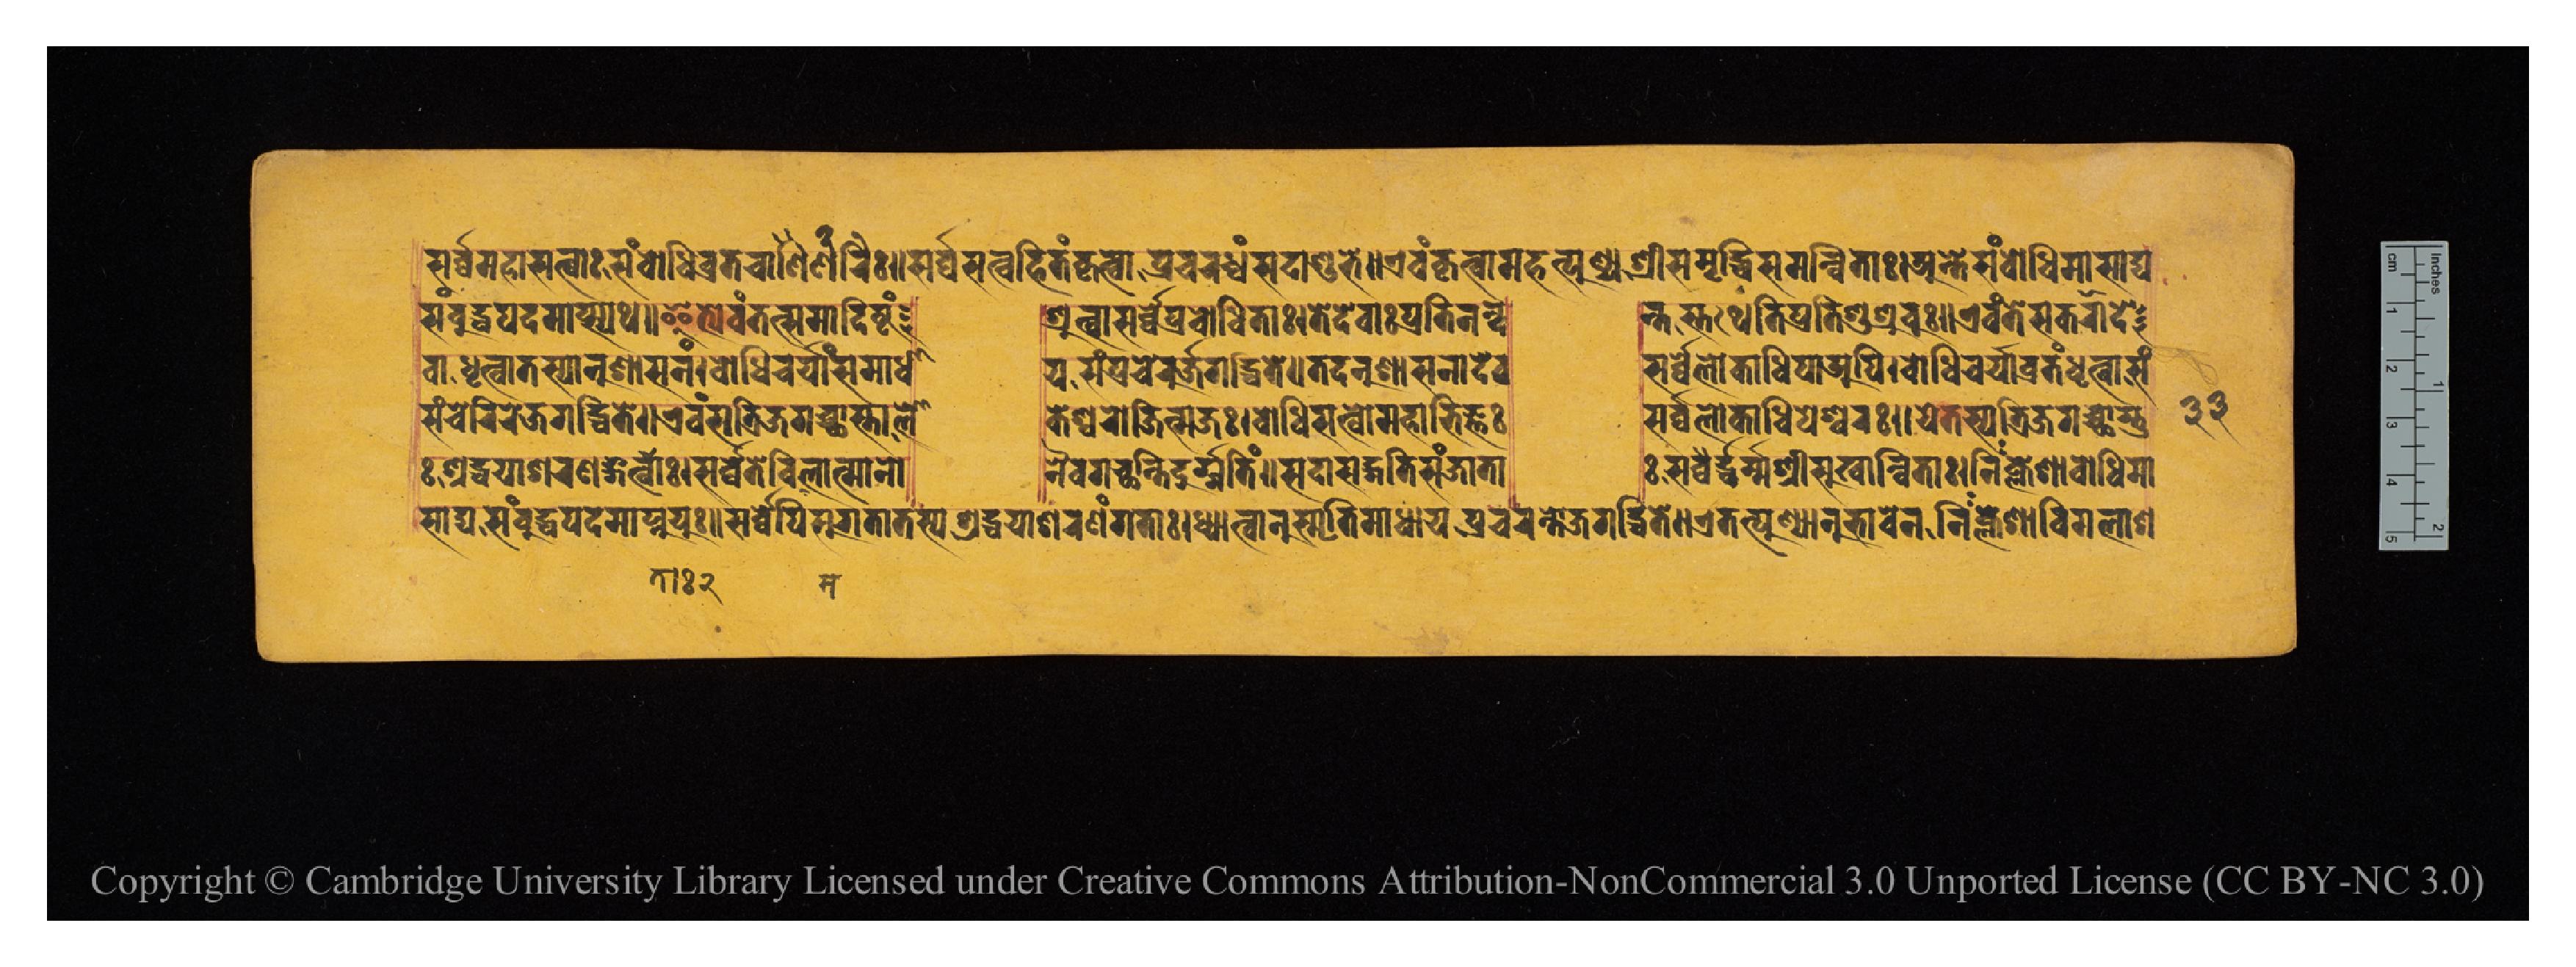
𑐳𑐬𑑂𑐰𑑂𑐰𑐾𑐩𑐴𑐵𑐳𑐟𑑂𑐰𑐵𑑅𑐳𑑄𑐧𑑀𑐢𑐶𑐰𑑂𑐬𑐟𑐔𑐵𑐬𑐶𑐞𑑅𑑌𑐳𑐬𑑂𑐰𑑂𑐰𑐳𑐟𑑂𑐰𑐴𑐶𑐟𑑄𑐎𑐺𑐟𑑂𑐰𑐵𑐥𑑂𑐬𑐔𑐬𑐢𑑂𑐰𑑄𑐳𑐡𑐵𑐱𑐸𑐨𑐾𑑌𑐊𑐰𑑄𑐎𑐺𑐟𑑂𑐰𑐵𑐩𑐴𑐟𑑂𑐥𑐸𑐞𑑂𑐫𑑄𑐱𑑂𑐬𑐷𑐳𑐩𑐺𑐡𑑂𑐢𑐶𑐳𑐩𑐣𑑂𑐰𑐶𑐟𑐵𑑅𑑋𑐀𑐣𑑂𑐟𑐾𑐳𑑄𑐧𑑀𑐢𑐶𑐩𑐵𑐳𑐵𑐡𑑂𑐫 𑐳𑑄𑐧𑐸𑐡𑑂𑐢𑐥𑐡𑐩𑐵𑐥𑑂𑐳𑑂𑐫𑐠𑑌𑐂𑐟𑑂𑐫𑐾𑐰𑑄𑐟𑐟𑑂𑐳𑐩𑐵𑐡𑐶𑐲𑑂𑐚𑑄  𑐱𑑂𑐬𑐸𑐟𑑂𑐰𑐵𑐳𑐬𑑂𑐰𑑂𑐰𑐾𑐥𑑂𑐬𑐧𑑀𑐢𑐶𑐟𑐵𑑅𑑋𑐟𑐾𑐡𑐾𑐰𑐵𑑅𑐥𑑂𑐬𑐟𑐶𑐣𑐣𑑂𑐡  𑐣𑑂𑐟𑐳𑑂𑐟𑐠𑐾𑐟𑐶𑐥𑑂𑐬𑐟𑐶𑐱𑐸𑐱𑑂𑐬𑐸𑐰𑐸𑑅𑑌𑐊𑐰𑑄𑐟𑐾𑐳𑐎𑐮𑐵𑐡𑐾 𑐰𑐵𑑅𑐢𑐺𑐟𑑂𑐰𑐵𑐟𑐳𑑂𑐫𑐵𑐣𑐸𑐱𑐵𑐳𑐣𑑄𑑋𑐧𑑀𑐢𑐶𑐔𑐬𑑂𑐫𑐵𑑄𑐳𑐩𑐵𑐢𑐵  𑐫𑐳𑑄𑐥𑑂𑐬𑐔𑐾𑐬𑐸𑐖𑐐𑐡𑑂𑐢𑐶𑐟𑐾𑑌𑐟𑐡𑐣𑐸𑐱𑐵𑐳𑐣𑐵𑐡𑐾𑐰  𑐳𑐬𑑂𑐰𑑂𑐰𑐮𑑀𑐎𑐵𑐢𑐶𑐥𑐵𑐀𑐥𑐶𑑋𑐧𑑀𑐢𑐶𑐔𑐬𑑂𑐫𑐵𑐰𑑂𑐬𑐟𑑄𑐢𑐺𑐟𑑂𑐰𑐵𑐳𑑄 𑐳𑑄𑐔𑐾𑐬𑐶𑐬𑐾𑐖𑐐𑐡𑑂𑐢𑐶𑐟𑐾𑑌𑐊𑐰𑑄𑐳𑐟𑑂𑐬𑐶𑐖𑐐𑐔𑑂𑐕𑐵𑐳𑑂𑐟𑐵𑐮𑑀  𑐎𑐾𑐱𑑂𑐰𑐬𑑀𑐖𑐶𑐣𑐵𑐟𑑂𑐩𑐖𑑅𑑋𑐧𑑀𑐢𑐶𑐳𑐟𑑂𑐰𑐩𑐴𑐵𑐨𑐶𑐖𑑂𑐘𑑅  𑐳𑐬𑑂𑐰𑑂𑐰𑐮𑑀𑐎𑐵𑐢𑐶𑐥𑐾𑐱𑑂𑐰𑐬𑑅𑑌𑐫𑐾𑐟𑐳𑑂𑐫𑐟𑑂𑐬𑐶𑐖𑐐𑐔𑑂𑐕𑐵𑐳𑑂𑐟𑐸 𑐳𑐵𑐢𑑂𑐫𑐳𑑄𑐧𑐸𑐡𑑂𑐢𑐥𑐡𑐩𑐵𑐥𑑂𑐣𑐸𑐫𑐸𑑅𑑌𑐳𑐬𑑂𑐰𑑂𑐰𑐾𑐥𑐶𑐳𑐸𑐐𑐟𑐵𑐳𑑂𑐟𑐳𑑂𑐫𑐱𑑂𑐬𑐡𑑂𑐢𑐫𑐵𑐱𑐬𑐞𑑄𑐐𑐟𑐵𑑅𑑋𑐢𑑂𑐫𑐵𑐟𑑂𑐰𑐵𑐣𑐸𑐳𑑂𑐩𑐺𑐟𑐶𑐩𑐵𑐢𑑂𑐫𑐵𑐫𑐥𑑂𑐬𑐔𑐬𑐣𑑂𑐟𑑀𑐖𑐐𑐡𑑂𑐢𑐶𑐟𑐾𑑌𑐊𑐟𑐟𑑂𑐥𑐸𑐞𑑂𑐫𑐵𑐣𑐸𑐨𑐵𑐰𑐾𑐣𑐣𑐶𑑅𑐎𑑂𑐮𑐾𑐱𑐵𑐰𑐶𑐩𑐮𑐵𑐱 𑑅𑐱𑑂𑐬𑐡𑑂𑐢𑐫𑐵𑐱𑐬𑐞𑑄𑐐𑐟𑐵𑑅𑑋𑐳𑐬𑑂𑐰𑑂𑐰𑐾𑐟𑐾𑐰𑐶𑐩𑐮𑐵𑐟𑑂𑐩𑐣𑑀  𑐣𑐿𑐰𑐐𑐔𑑂𑐕𑐣𑑂𑐟𑐶𑐡𑐸𑐬𑑂𑐐𑐟𑐶𑑄𑑌𑐳𑐡𑐵𑐳𑐡𑑂𑐐𑐟𑐶𑐳𑐘𑑂𑐖𑐵𑐟𑐵  𑑅𑐳𑐡𑑂𑐢𑐬𑑂𑐩𑑂𑐩𑐱𑑂𑐬𑐷𑐳𑐸𑐏𑐵𑐣𑑂𑐰𑐶𑐟𑐵𑑅𑑋𑐣𑐶𑑅𑐎𑑂𑐮𑐾𑐱𑐵𑐧𑑀𑐢𑐶𑐩𑐵 𑑓𑑓